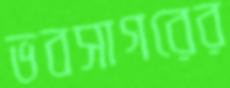
ভবসাগরের